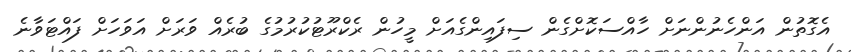
އެގޮތުން އަންހެނުންނަށް ހާއްސަކޮށްގެން ސިފައިންގެއަށް މީހުން ރެކްރޫޓުކުރުމުގެ ބުރެއް ވަރަށް އަވަހަށް ފައްޓަވާނެ